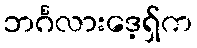
ဘင်္ဂလားဒေ့ရှ်က